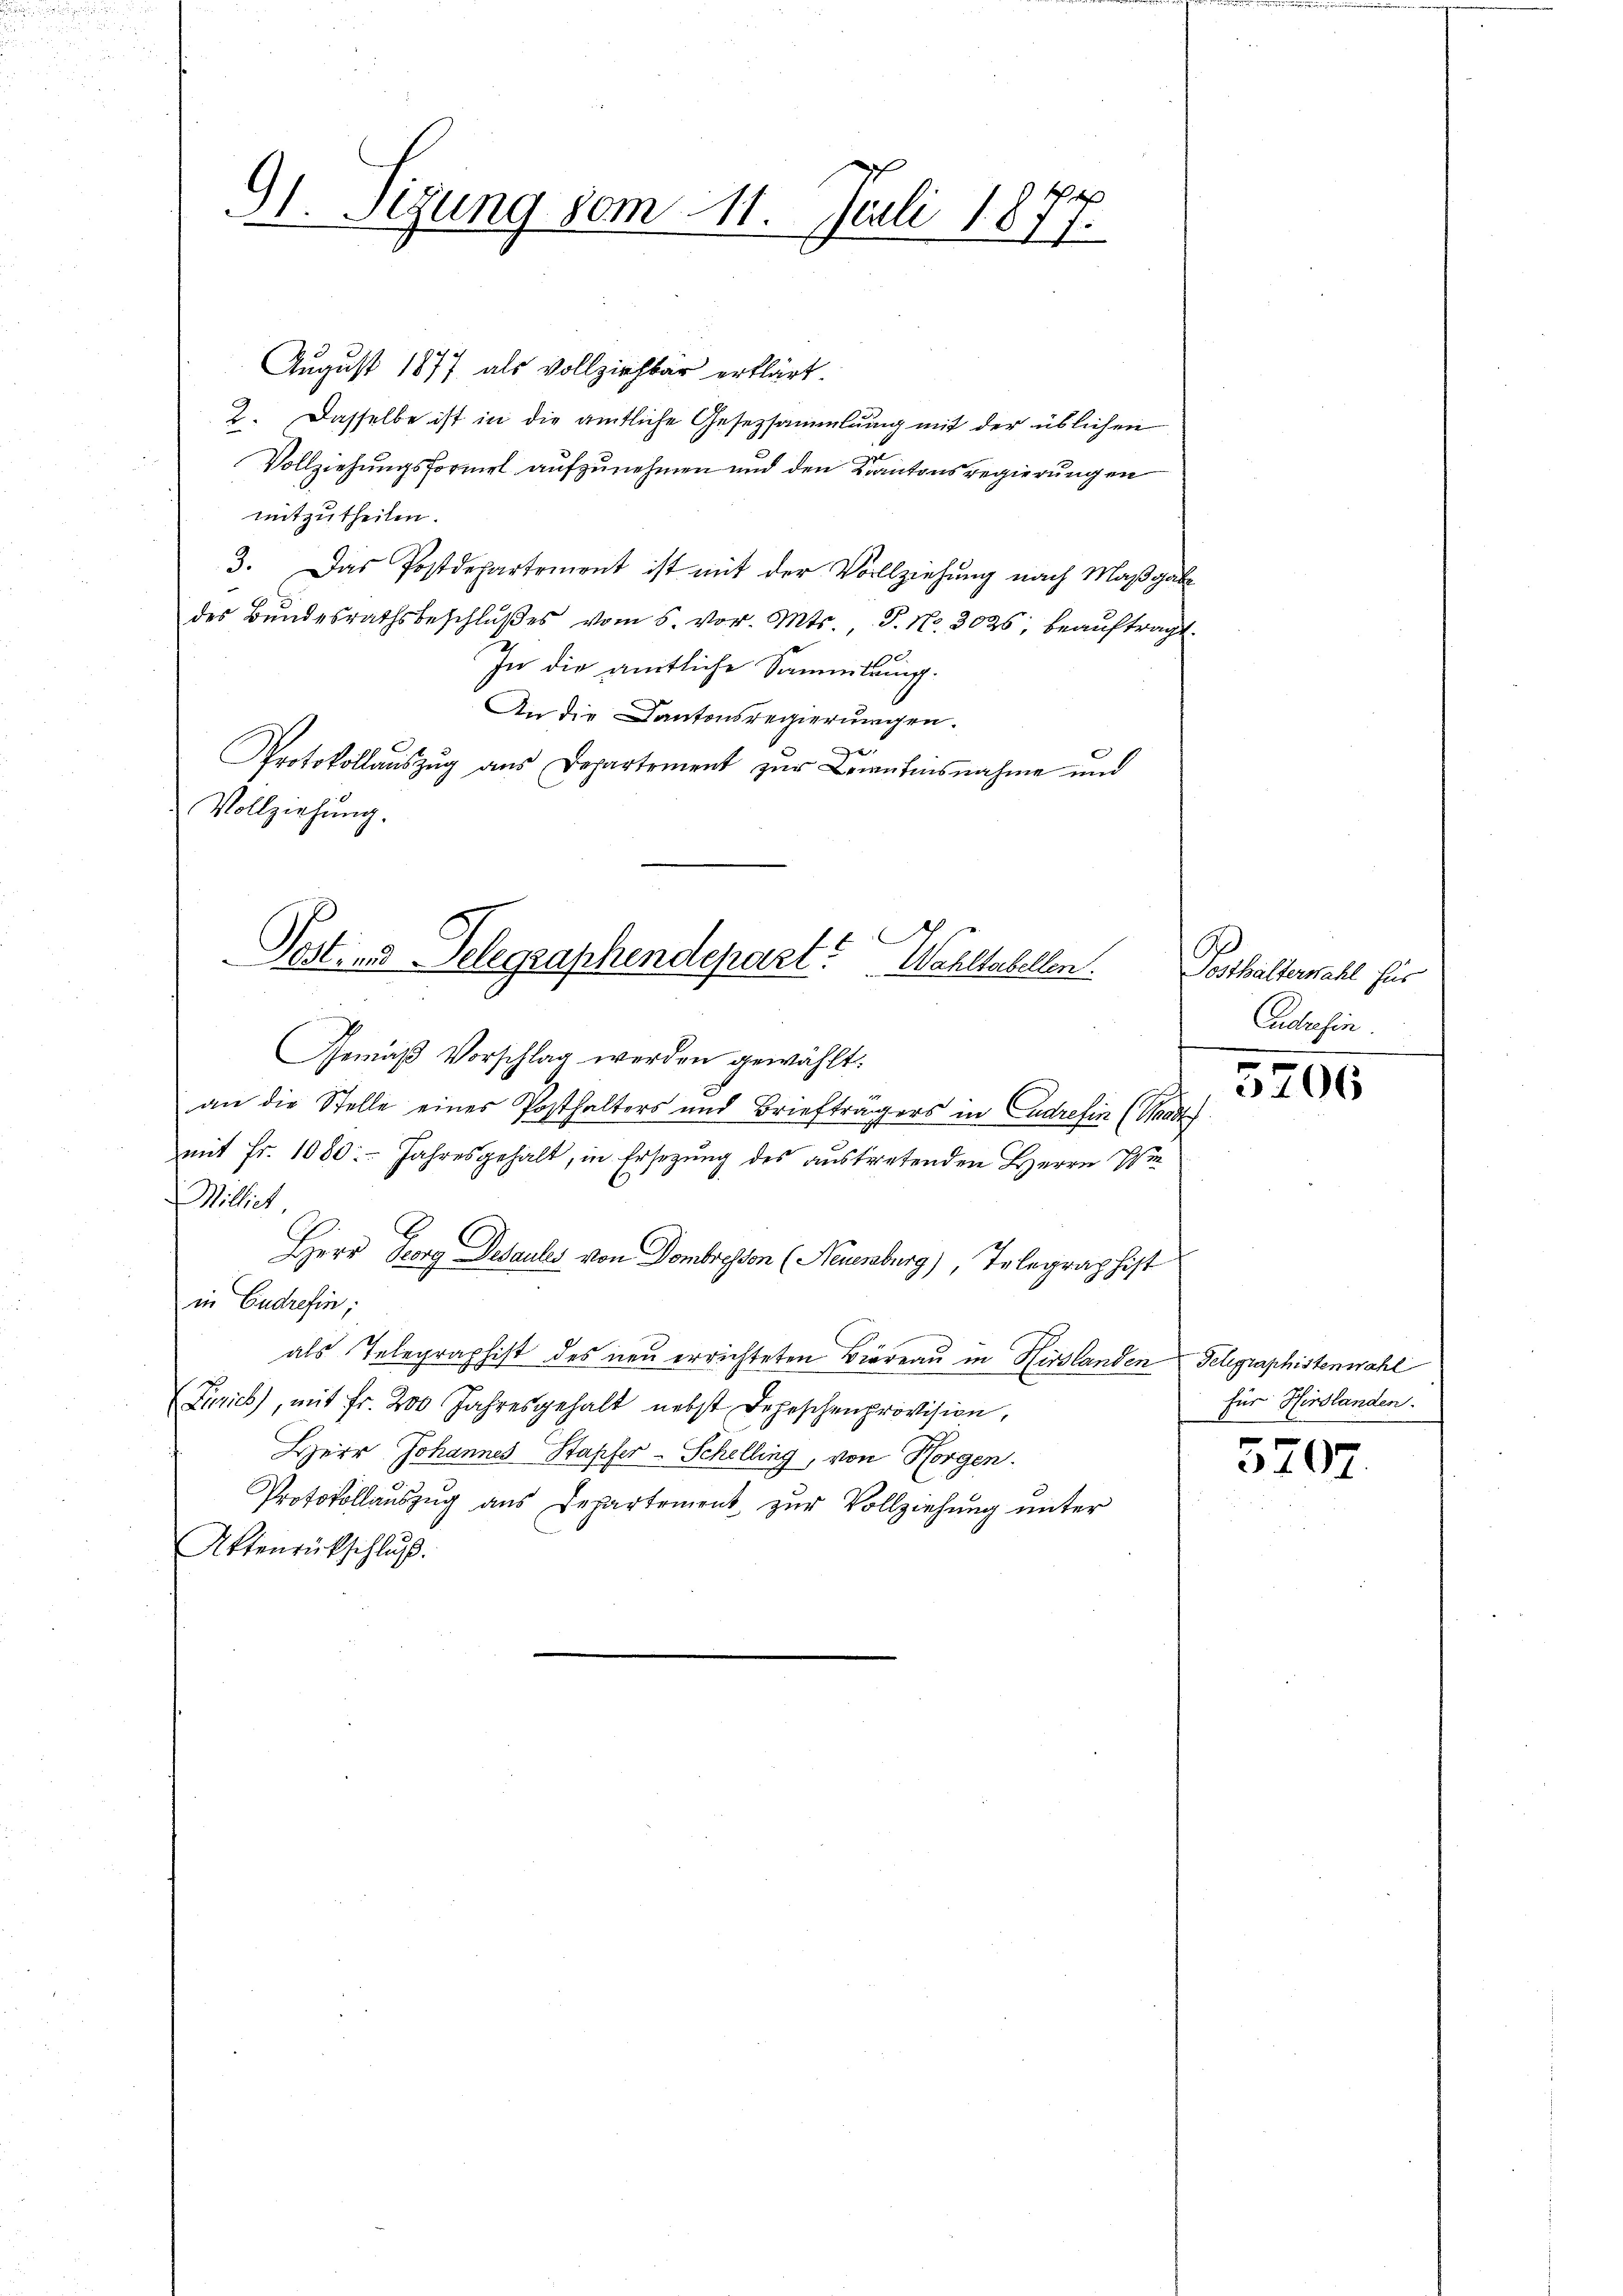
91. Sizung vom 11. Juli 1877.

August 1877 als vollziehbar erklärt.
2. Dasselbe ist in die amtliche Gesetzsammlung mit der üblichen
Vollziehungsformel aufzunehmen und den Kantonsregierungen
mitzutheilen.
3. Das Postdepartement ist mit der Vollziehung nach Maßgabe
des Bŭndesrathsbeschlŭβes vom 5. vor. Mts., S. Nr. 3026, beaŭftragt.
In die amtliche Sammlung.
An die Kantonsregierungen.
e
Protokollauszug aus Departement zur Laientinsnahme und
Vollziehung.
an die Stelle eines Posthalters und Briefträgers in Ludrefin (Waadt
mit Fr. 1080. - Jahresgehalt, in Ersezung des austretenden Herrn P
Milliet,
Herr Georg Desaules von Dombresen (Neuenburg), Telegraphist
in Endrefin;
als Telegraphist des neu errichteten Biereau in Hirslanden Telegraphistenwahl
Zürich), mit fr. 200 Jahresgehalt nebst Depeschenprovision,
Herr Johannes Stapfer-Schelling, von Horgen.
Protokollauszug aus Departement zur Vollziehung unter
Aktenrückschluß.

Post- und Telegraphendepart? Wahltabellen.
Gemäß Vorschlag werden gewählt:

Posthalterwahl für
Cudresen.
e
e
306

für Hirslanden.

5707.